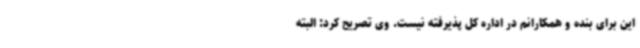
این برای بنده و همکارانم در اداره کل پذیرفته نیست. وی تصریح کرد: البته